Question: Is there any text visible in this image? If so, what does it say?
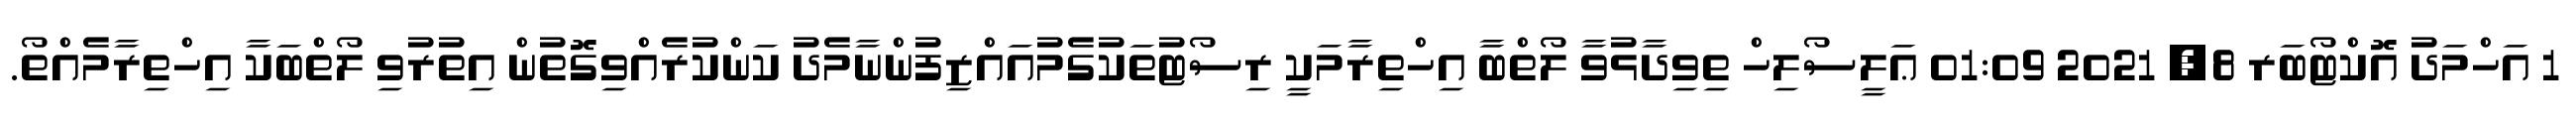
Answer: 1 އަހްމަދު އޮކްޓޯބަރ 8, 2021 01:09 ޢަލީސޯލިހް ތިވިދާޅުވާ ލޯތްބާ އިހްތިރާމަކީ ރިސޯޓުތަކުގެމުއައްޒިފުންނާމެދު ކަންކުރެއްވިގޮތުން އިތުރުވި ލޯތްބަކާ އިހްތިރާމެއްތޯ.